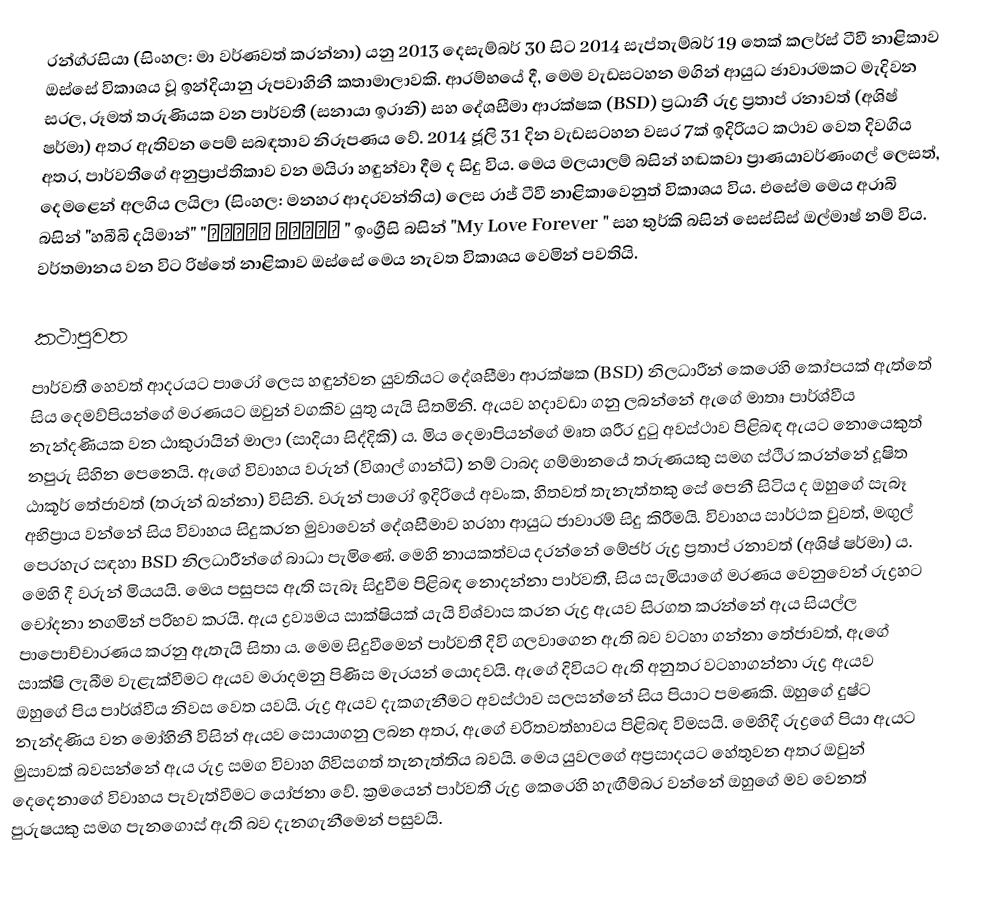
රන්ග්රසියා (සිංහල: මා වර්ණවත් කරන්නා) යනු 2013 දෙසැම්බර් 30 සිට 2014 සැප්තැම්බර් 19 තෙක් කලර්ස් ටීවී නාළිකාව ඔස්සේ විකාශය වූ ඉන්දියානු රූපවාහිනී කතාමාලාවකි. ආරම්භයේ දී, මෙම වැඩසටහන මගින් ආයුධ ජාවාරමකට මැදිවන සරල, රූමත් තරුණියක වන පාර්වතී (සනායා ඉරානි) සහ දේශසීමා ආරක්ෂක (BSD) ප්‍රධානී රුද්‍ර ප්‍රතාප් රනාවත් (අශිෂ් ෂර්මා) අතර ඇතිවන පෙම් සබඳතාව නිරූපණය වේ. 2014 ජූලි 31 දින වැඩසටහන වසර 7ක් ඉදිරියට කථාව වෙත දිවගිය අතර, පාර්වතීගේ අනුප්‍රාප්තිකාව වන මයිරා හඳුන්වා දීම ද සිදු විය. මෙය මලයාලම් බසින් හඬකවා ප්‍රාණයාවර්ණංගල් ලෙසත්, දෙමළෙන් අලගිය ලයිලා (සිංහල: මනහර ආදරවන්තිය) ලෙස රාජ් ටීවී නාළිකාවෙනුත් විකාශය විය. එසේම මෙය අරාබි බසින් "හබීබි දයිමාන්" "حبيبي دائما  " ඉංග්‍රීසි බසින් "My Love Forever " සහ තුර්කි බසින් සෙස්සිස් ඔල්මාෂ් නම් විය. වර්තමානය වන විට රිෂ්තේ නාළිකාව ඔස්සේ මෙය නැවත විකාශය වෙමින් පවතියි.

කථාපුවත
පාර්වතී හෙවත් ආදරයට පාරෝ ලෙස හඳුන්වන යුවතියට දේශසීමා ආරක්ෂක (BSD) නිලධාරීන් කෙරෙහි කෝපයක් ඇත්තේ සිය දෙමව්පියන්ගේ මරණයට ඔවුන් වගකිව යුතු යැයි සිතමිනි. ඇයව හදාවඩා ගනු ලබන්නේ ඇගේ මාතෘ පාර්ශ්වීය නැන්දණියක වන ඨාකුරායින් මාලා (සාදියා සිද්දිකි) ය. මිය දෙමාපියන්ගේ මෘත ශරීර දුටු අවස්ථාව පිළිබඳ ඇයට නොයෙකුත් නපුරු සිහින පෙනෙයි. ඇගේ විවාහය වරුන් (විශාල් ගාන්ධි) නම් ටාබද ගම්මානයේ තරුණයකු සමග ස්ථිර කරන්නේ දූෂිත ඨාකූර් තේජාවත් (තරුන් ඛන්නා) විසිනි. වරුන් පාරෝ ඉදිරියේ අවංක, හිතවත් තැනැත්තකු සේ පෙනී සිටිය ද ඔහුගේ සැබෑ අභිප්‍රාය වන්නේ සිය විවාහය සිදුකරන මුවාවෙන් දේශසීමාව හරහා ආයුධ ජාවාරම් සිදු කිරීමයි. විවාහය සාර්ථක වුවත්, මඟුල් පෙරහැර සඳහා BSD නිලධාරීන්ගේ බාධා පැමිණේ. මෙහි නායකත්වය දරන්නේ මේජර් රුද්‍ර ප්‍රතාප් රනාවත් (අශිෂ් ෂර්මා) ය. මෙහි දී වරුන් මියයයි. මෙය පසුපස ඇති සැබෑ සිදුවීම පිළිබඳ නොදන්නා පාර්වතී, සිය සැමියාගේ මරණය වෙනුවෙන් රුද්‍රහට චෝදනා නගමින් පරිභව කරයි. ඇය ද්‍රව්‍යමය සාක්ෂියක් යැයි විශ්වාස කරන රුද්‍ර ඇයව සිරගත කරන්නේ ඇය සියල්ල පාපොච්චාරණය කරනු ඇතැයි සිතා ය. මෙම සිදුවීමෙන් පාර්වතී දිවි ගලවාගෙන ඇති බව වටහා ගන්නා තේජාවත්, ඇගේ සාක්ෂි ලැබීම වැළැක්වීමට ඇයව මරාදමනු පිණිස මැරයන් යොදවයි. ඇගේ දිවියට ඇති අනුතර වටහාගන්නා රුද්‍ර ඇයව ඔහුගේ පිය පාර්ශ්වීය නිවස වෙත යවයි. රුද්‍ර ඇයව දැකගැනීමට අවස්ථාව සලසන්නේ සිය පියාට පමණකි. ඔහුගේ දුෂ්ට නැන්දණිය වන මෝහිනී විසින් ඇයව සොයාගනු ලබන අතර, ඇගේ චරිතවත්භාවය පිළිබඳ විමසයි. මෙහිදී රුද්‍රගේ පියා ඇයට මුසාවක් බවසන්නේ ඇය රුද්‍ර සමග විවාහ ගිවිසගත් තැනැත්තිය බවයි. මෙය යුවලගේ අප්‍රසාදයට හේතුවන අතර ඔවුන් දෙදෙනාගේ විවාහය පැවැත්වීමට යෝජනා වේ. ක්‍රමයෙන් පාර්වතී රුද්‍ර කෙරෙහි හැඟීම්බර වන්නේ ඔහුගේ මව වෙනත් පුරුෂයකු සමග පැනගොස් ඇති බව දැනගැනීමෙන් පසුවයි.